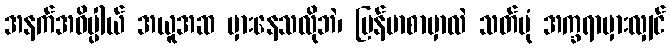
အနက်အဓိပ္ပါယ် အယူအဆ မှားနေသလိုဘဲ၊ မြန်မာစာမှာလဲ သတ်ပုံ အက္ခရာမှားလျှင်